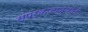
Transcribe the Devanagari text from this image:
संपर्कजाळ्यांनी